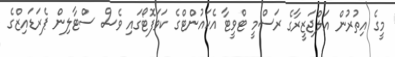
މީގެ އިތުރުން އަލްޖަޒީރާގެ ރަސްމީ ޓްވީޓާ އެކައުންޓްގެ ކަވަފޮޓޯގައި ވެސް ސްޓާލިން ޕެރަޑައިޒްގެ